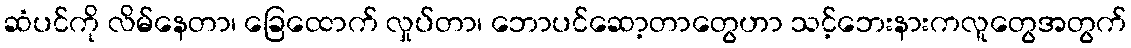
ဆံပင်ကို လိမ်နေတာ၊ ခြေထောက် လှုပ်တာ၊ ဘောပင်ဆော့တာတွေဟာ သင့်ဘေးနားကလူတွေအတွက်